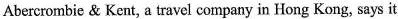
Abercrombie & Kent, a travel company in Hong Kong, says it